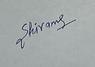
Signature authenticity: genuine